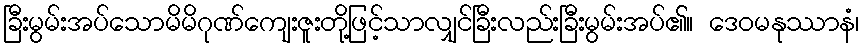
ခြီးမွမ်းအပ်သောမိမိဂုဏ်ကျေးဇူးတို့ဖြင့်သာလျှင်ခြီးလည်းခြီးမွမ်းအပ်၏။ ဒေဝမနုဿာနံ၊